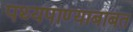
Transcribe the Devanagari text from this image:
पथ्यपाण्याबाबत